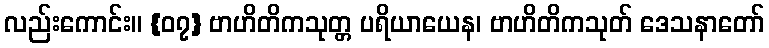
လည်းကောင်း။ {၀၇} ဗာဟိတိကသုတ္တ ပရိယာယေန၊ ဗာဟိတိကသုတ် ဒေသနာတော်